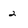
Character: 2